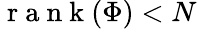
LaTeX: \mathrm{~r~a~n~k~}(\Phi)<N